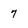
Character: 7